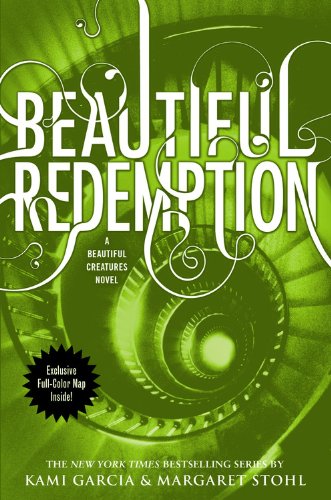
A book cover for Beautiful Redemption (Beautiful Creatures); Kami Garcia; Teen & Young Adult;